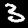
Label: 3